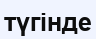
түгінде